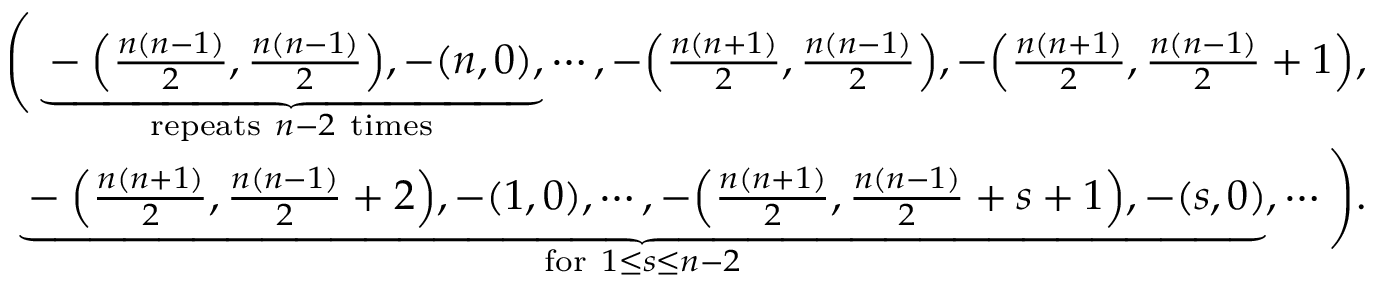
\begin{array} { r } { \Bigg ( \underbrace { - \Big ( \frac { n ( n - 1 ) } { 2 } , \frac { n ( n - 1 ) } { 2 } \Big ) , - ( n , 0 ) , } _ { \mathrm { r e p e a t s ~ } n - 2 \mathrm { ~ t i m e s } } \cdots , - \Big ( \frac { n ( n + 1 ) } { 2 } , \frac { n ( n - 1 ) } { 2 } \Big ) , - \Big ( \frac { n ( n + 1 ) } { 2 } , \frac { n ( n - 1 ) } { 2 } + 1 \Big ) , } \\ { \underbrace { - \Big ( \frac { n ( n + 1 ) } { 2 } , \frac { n ( n - 1 ) } { 2 } + 2 \Big ) , - ( 1 , 0 ) , \cdots , - \Big ( \frac { n ( n + 1 ) } { 2 } , \frac { n ( n - 1 ) } { 2 } + s + 1 \Big ) , - ( s , 0 ) } _ { \mathrm { f o r ~ } 1 \leq s \leq n - 2 } , \cdots \Bigg ) . } \end{array}